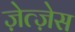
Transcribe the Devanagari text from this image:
ज़ेत्ज़ेस